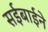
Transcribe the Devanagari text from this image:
सईबाईने